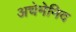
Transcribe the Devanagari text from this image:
अचेमेनिद